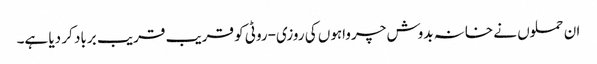
ان حملوں نے خانہ بدوش چرواہوں کی روزی-روٹی کو قریب قریب برباد کر دیا ہے۔